Annual report on the working of the Harcourt Butler Institute of Public Health, Rangoon
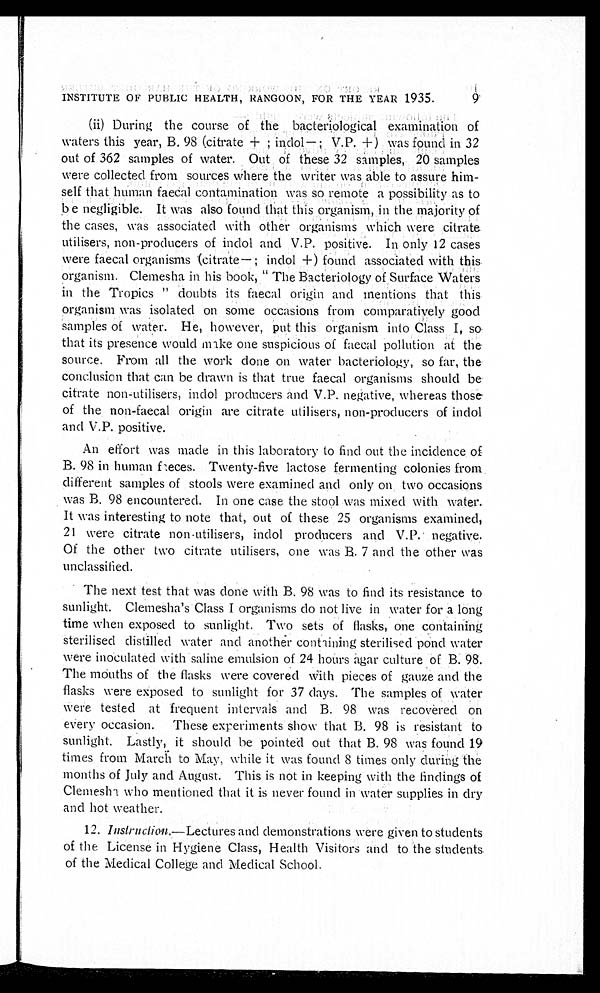
INSTITUTE OF PUBLIC HEALTH, RANGOON, FOR THE YEAR 1935.
9
(ii) During the course of the bacteriological examination o
f w a t e r s t h i s y e a r , B . 9 8 ( c i t r a t e + ; i n d o l — ; V . P . + ) w a s f o u n d i n 3 2
out of 362 samples of water. Out of these 32 samples, 20 samples
were collected from sources where the writer was able to assure him
- s e l f t h a t h u m a n f a e c a l c o n t a m i n a t i o n w a s s o r e m o t e a p o s s i b i l i t y a s t o
be negligible. It was also found that this organism, in the majority of
the cases, was associated with other organisms which were citrate
utilisers, non-producers of indol and V.P. positive. In only 12 cases
were faecal organisms (citrate—; indol +) found associated with this
organism. Clemesha in his book, " The Bacteriology of Surface Waters
in the Tropics " doubts its faecal origin and mentions that this
organism was isolated on some occasions from comparatively good
samples of water. He, however, put this organism into Class I, so
that its presence would make one suspicious of faecal pollution at the
source. From all the work done on water bacteriology, so far, the
conclusion that can be drawn is that true faecal organisms should be
citrate non-utilisers, indol producers and V.P. negative, whereas those
of the non-faecal origin are citrate utilisers, non-producers of indol
and V.P. positive.
An effort was made in this laboratory to find out the incidence of
B. 98 in human faeces. Twenty-five lactose fermenting colonies from
different samples of stools were examined and only on two occasions
was B. 98 encountered. In one case the stool was mixed with water.
It was interesting to note that, out of these 25 organisms examined,
21 were citrate non-utilisers, indol producers and V.P. negative.
Of the other two citrate utilisers, one was B. 7 and the other was
unclassified.
The next test that was done with B. 98 was to find its resistance to
sunlight. Clemesha's Class I organisms do not live in water for a long
time when exposed to sunlight. Two sets of flasks, one containing
sterilised distilled water and another containing sterilised pond water
were inoculated with saline emulsion of 24 hours agar culture of B. 98.
The mouths of the flasks were covered with pieces of gauze and the
flasks were exposed to sunlight for 37 days. The samples of water
were tested at frequent intervals and B. 98 was recovered on
every occasion. These experiments show that B. 98 is resistant to
sunlight. Lastly, it should be pointed out that B. 98 was found 19
times from March to May, while it was found 8 times only during the
months of July and August. This is not in keeping with the findings of
Clemesha who mentioned that it is never found in water supplies in dry
and hot weather.
12. Instruction .—Lectures and demonstrations were given to students
of the License in Hygiene Class, Health Visitors and to the students
of the Medical College and Medical School.